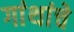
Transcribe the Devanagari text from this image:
गांथांचे